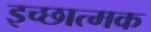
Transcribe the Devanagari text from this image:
इच्छात्मक